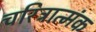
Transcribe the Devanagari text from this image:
चरित्रात्मंक